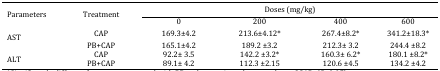
<table><thead><tr><td rowspan="2"><b>Parameters</b></td><td rowspan="2"><b>Treatment</b></td><td colspan="4"><b>Doses (mg/kg)</b></td></tr><tr><td><b>0</b></td><td><b>200</b></td><td><b>400</b></td><td><b>600</b></td></tr></thead><tbody><tr><td rowspan="2">AST </td><td>CAP</td><td>169.3±4.2</td><td>213.6±4.12*</td><td>267.4±8.2*</td><td>341.2±18.3*</td></tr><tr><td>PB+CAP</td><td>165.1±4.2</td><td>189.2 ±3.2</td><td>212.3± 3.2</td><td>244.4 ±8.2</td></tr><tr><td rowspan="2">ALT</td><td>CAP</td><td>92.2± 3.5</td><td>142.2 ±3.2*</td><td>160.3± 6.2*</td><td>180.1 ±8.2*</td></tr><tr><td>PB+CAP</td><td>89.1± 4.2</td><td>112.3 ±2.15</td><td>120.6 ±4.5</td><td>134.2 ±4.2</td></tr></tbody></table>